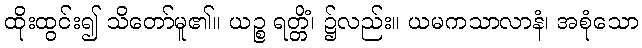
ထိုးထွင်း၍ သိတော်မူ၏။ ယဉ္စ ရတ္တိံ၊ ၌လည်း။ ယမကသာလာနံ၊ အစုံသော